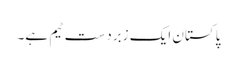
پاکستان ایک زبردست ٹیم ہے۔